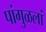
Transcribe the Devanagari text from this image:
पांगुळलां